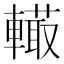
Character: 𨎮